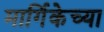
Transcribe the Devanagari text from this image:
मार्गिकेच्या